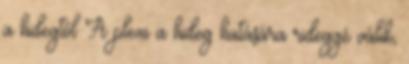
a hidegtől A plexi a hideg hatására rideggé válik,